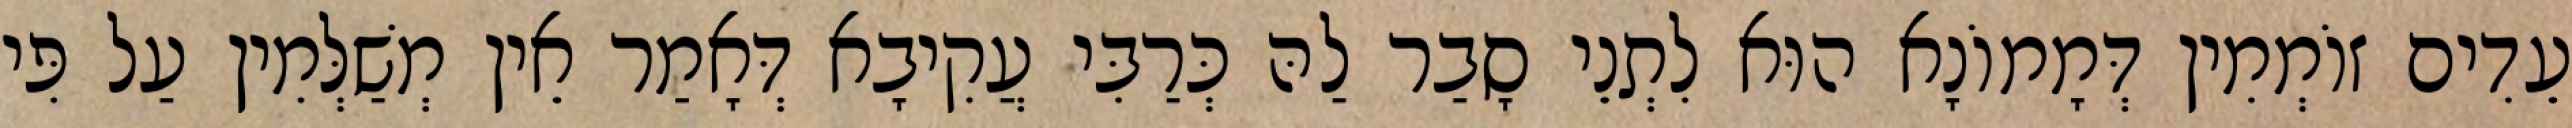
עֵדִים זוֹמְמִין דְּמָמוֹנָא הוּא לִתְנֵי סָבַר לַהּ כְּרַבִּי עֲקִיבָא דְּאָמַר אֵין מְשַׁלְּמִין עַל פִּי